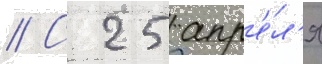
// С 25 апр'е́л'я